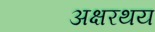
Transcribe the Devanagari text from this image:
अक्षरथय